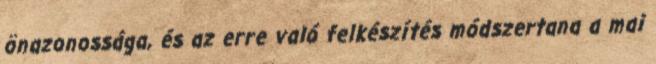
önazonossága, és az erre való felkészítés módszertana a mai